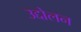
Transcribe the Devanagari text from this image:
उद्दोलन